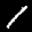
Label: 1